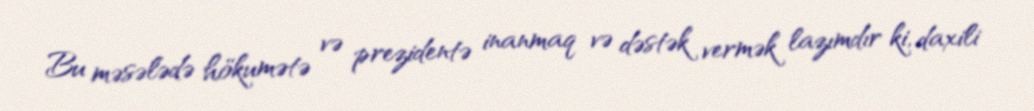
Bu məsələdə hökumətə və prezidentə inanmaq və dəstək vermək lazımdır ki, daxili